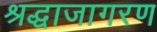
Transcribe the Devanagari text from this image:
श्रद्धाजागरण